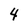
Character: 4